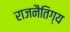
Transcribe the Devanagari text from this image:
राजनैतिग्य